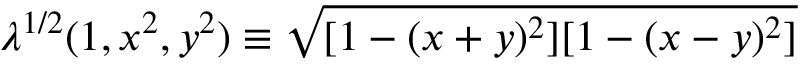
\lambda ^ { 1 / 2 } ( 1 , x ^ { 2 } , y ^ { 2 } ) \equiv \sqrt { [ 1 - ( x + y ) ^ { 2 } ] [ 1 - ( x - y ) ^ { 2 } ] }